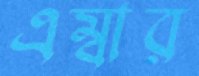
এম্বার